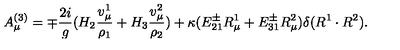
A _ { \mu } ^ { ( 3 ) } = \mp { \frac { 2 i } { g } } ( H _ { 2 } { \frac { v _ { \mu } ^ { 1 } } { \rho _ { 1 } } } + H _ { 3 } { \frac { v _ { \mu } ^ { 2 } } { \rho _ { 2 } } } ) + \kappa ( E _ { 2 1 } ^ { \pm } R _ { \mu } ^ { 1 } + E _ { 3 1 } ^ { \pm } R _ { \mu } ^ { 2 } ) \delta ( R ^ { 1 } \cdot R ^ { 2 } ) .